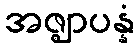
အဇ္ဈာပန္နံ